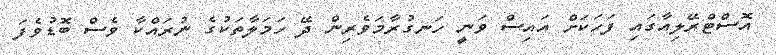
އޮސްޓްރޭލިއާގައި ފަހަކަށް އައިސް ވަނީ ހަނގުރާމަވެރިން ދޭ ހަމަލާތަކުގެ ނުރައްކާ ވެސް ބޮޑުވެފަ